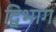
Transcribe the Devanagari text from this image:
द्विभाग